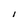
Character: I